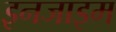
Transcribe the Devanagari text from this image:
इनजाइम